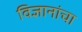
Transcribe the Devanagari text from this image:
विज्ञानांचा